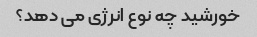
خورشید چه نوع انرژی می دهد؟